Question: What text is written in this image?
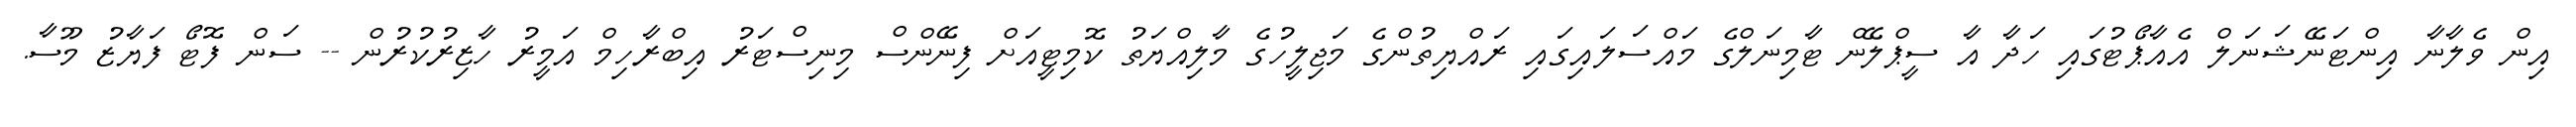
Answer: އިން ވެލާނާ އިންޓަނޭޝަނަލް އެއާޕޯޓުގައި ހަދާ އާ ސީޕްލޭން ޓާމިނަލްގެ މައްސަލައިގައި ރައްޔިތުންގެ މަޖިލީހުގެ މާލިއްޔަތު ކޮމިޓީއަށް ފިނޭންސް މިނިސްޓަރު އިބްރާހިމް އަމީރު ހާޒިރުކުރުން -- ސަން ފޮޓޯ ފަޔާޒު މޫސާ.